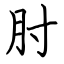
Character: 肘